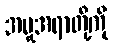
အမှုအရာတို့ကို